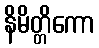
နိမိတ္တိကော